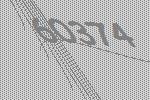
60374